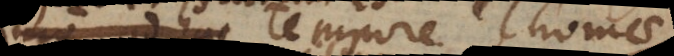
um est tempore Thomae